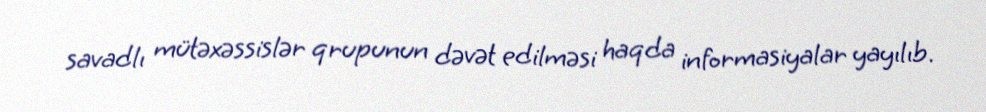
savadlı mütəxəssislər qrupunun dəvət edilməsi haqda informasiyalar yayılıb.